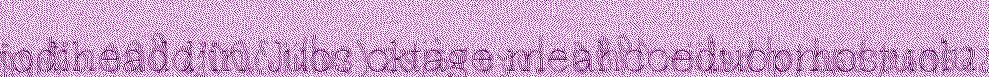
jođiheaddjin. Juos oktage meahcceduopmostuolu